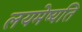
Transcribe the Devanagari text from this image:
लयमेष्यति